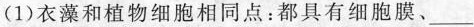
(1)衣藻和植物细胞相同点：都具有细胞膜___、